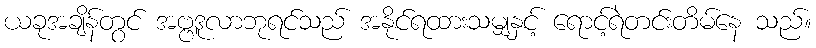
ယခုအချိန်တွင် အဗ္ဗဒူလာဘုရင်သည် အနိုင်ရထားသမျှနှင့် ရောင့်ရဲတင်းတိမ်နေ သည်။